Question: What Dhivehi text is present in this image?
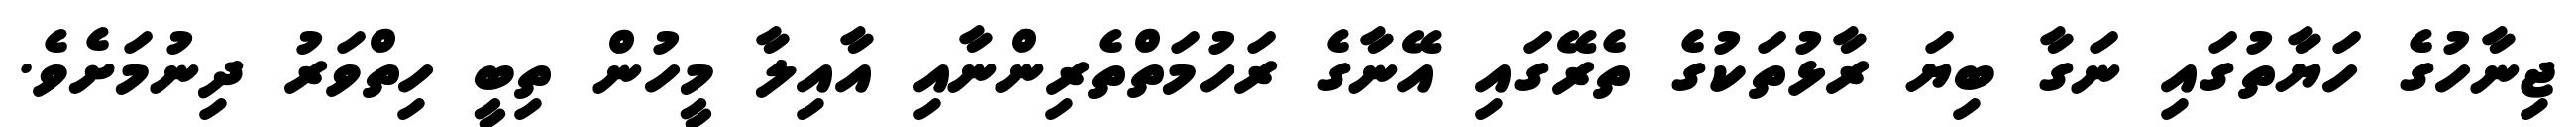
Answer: ޖިނާހުގެ ހަޔާތުގައި ނަގާ ބިޔަ ރާޅުތަކުގެ ތެރޭގައި އޭނާގެ ރަހުމަތްތެރިންނާއި އާއިލާ މީހުން ތިބީ ހިތްވަރު ދިނުމަށެވެ.